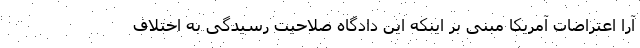
آرا اعتراضات آمریکا مبنی بر اینکه این دادگاه صلاحیت رسیدگی به اختلاف